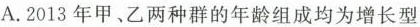
A. 2013年甲、乙两种群的年龄组成均为增长型